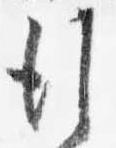
行